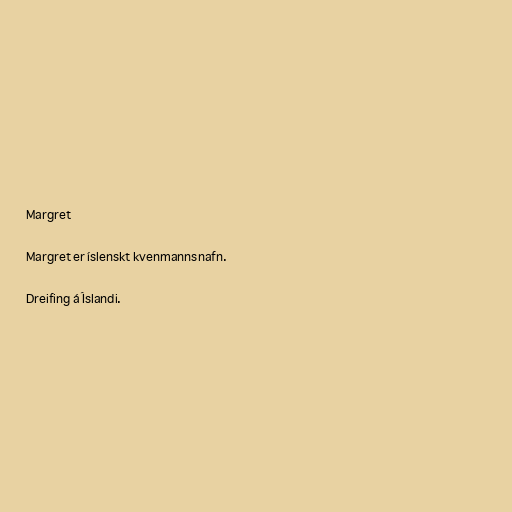
Margret

Margret er íslenskt kvenmannsnafn.

Dreifing á Íslandi.